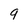
Character: 9